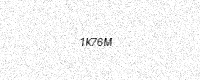
Text: 1K76M